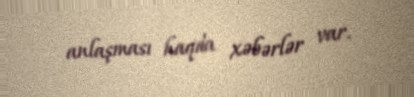
anlaşması haqda xəbərlər var.